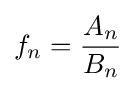
{f}_{n}={\frac {{A}_{n}}{{B}_{n}}}